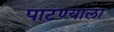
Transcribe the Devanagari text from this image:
पाटण्याला